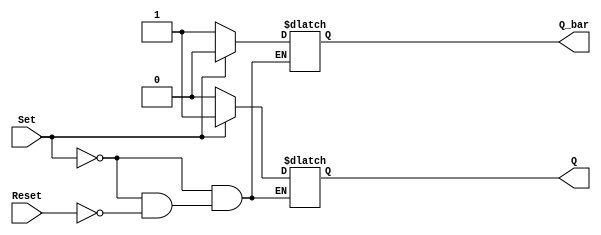
module sr_flipflop (
    input Set,
    input Reset,
    output reg Q,
    output reg Q_bar
);

always @ (*) begin
    if (Set) begin
        Q = 1'b1;
        Q_bar = 1'b0;
    end
    else if (Reset) begin
        Q = 1'b0;
        Q_bar = 1'b1;
    end
end

endmodule